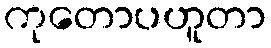
ကုတောပဟူတာ